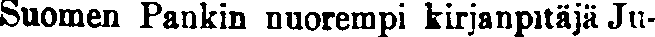
Suomen Pankin nuorempi kirjanpitäjä Ju-